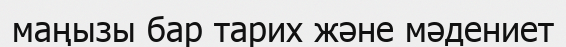
маңызы бар тарих және мәдениет